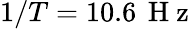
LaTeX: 1/T=10.6\, \mathrm{~H~z~}